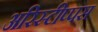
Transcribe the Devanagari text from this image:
अरिस्टीप्पस